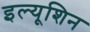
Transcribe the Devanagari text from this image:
इल्यूशिन